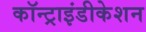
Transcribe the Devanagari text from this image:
कॉन्ट्राइंडीकेशन